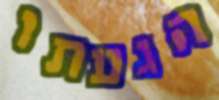
הגעתו